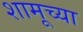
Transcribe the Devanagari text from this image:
शामूच्या